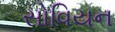
સોવિયન